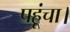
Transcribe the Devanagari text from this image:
पहूंचा।